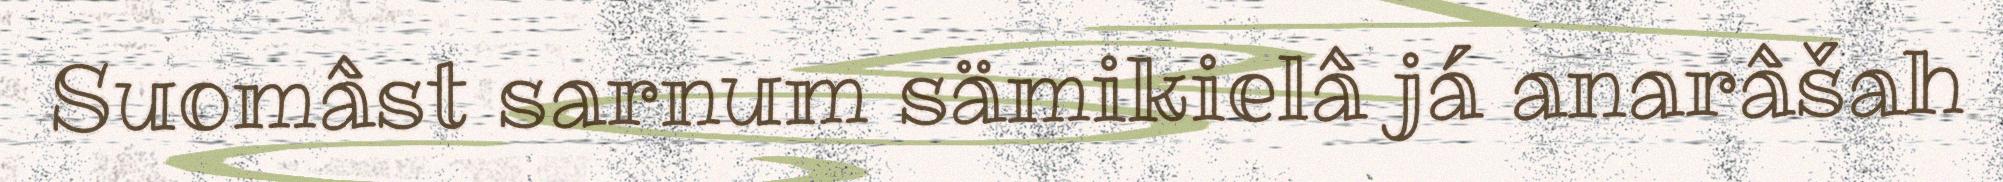
Suomâst sarnum sämikielâ já anarâšah